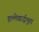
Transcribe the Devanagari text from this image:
हृल्लेखार्द्धभूता